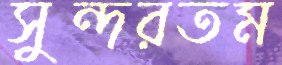
সুন্দরতম